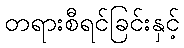
တရားစီရင်ခြင်းနှင့်